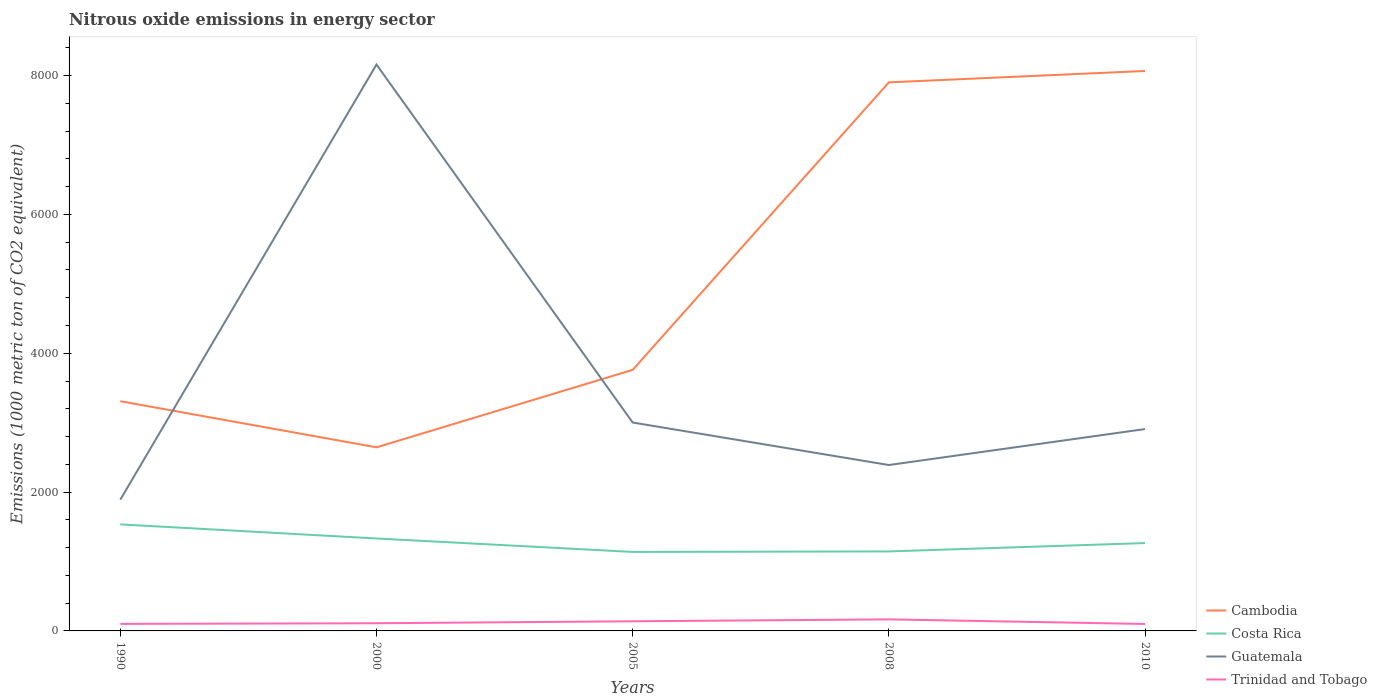
| Years | Cambodia | Costa Rica | Guatemala | Trinidad and Tobago |
 | --- | --- | --- | --- | --- |
 | 1990 | 3.31e+03 | 1.54e+03 | 1.89e+03 | 101 |
 | 2000 | 2.64e+03 | 1.33e+03 | 8.16e+03 | 110 |
 | 2005 | 3.76e+03 | 1.14e+03 | 3e+03 | 139 |
 | 2008 | 7.9e+03 | 1.15e+03 | 2.39e+03 | 166 |
 | 2010 | 8.07e+03 | 1.27e+03 | 2.91e+03 | 100 |